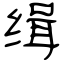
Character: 缉